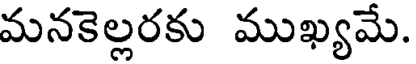
మనకెల్లరకు ముఖ్యమే.